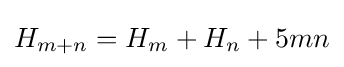
H_{m+n}=H_{m}+H_{n}+5mn